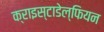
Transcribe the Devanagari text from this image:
क्राइस्टाडेल्फियन